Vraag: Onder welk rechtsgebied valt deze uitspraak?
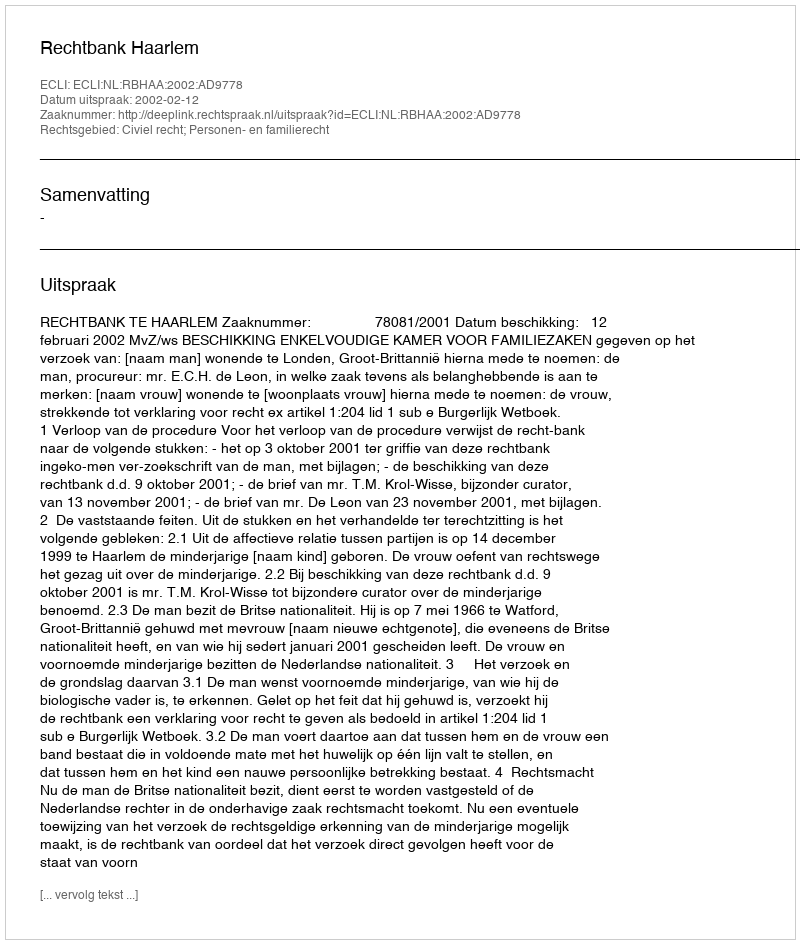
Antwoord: Civiel recht; Personen- en familierecht